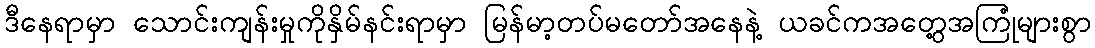
ဒီနေရာမှာ သောင်းကျန်းမှုကိုနှိမ်နင်းရာမှာ မြန်မာ့တပ်မတော်အနေနဲ့ ယခင်ကအတွေ့အကြုံများစွာ